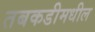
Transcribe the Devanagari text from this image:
तबकडीमधील